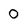
Character: O